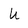
Character: U